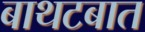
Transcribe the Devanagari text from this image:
बाथटबात